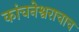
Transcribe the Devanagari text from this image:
कांचनेश्वराचाच